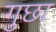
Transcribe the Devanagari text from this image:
गुछा